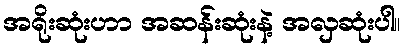
အရိုးဆုံးဟာ အဆန်းဆုံးနဲ့ အလှဆုံးပါ။